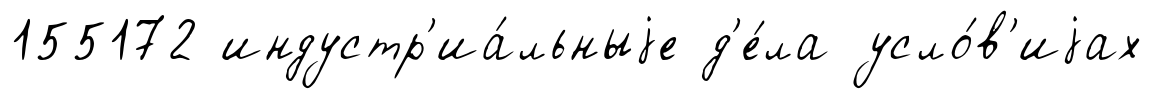
155172 индустр'иа́льныjе д'е́ла усло́в'иjах